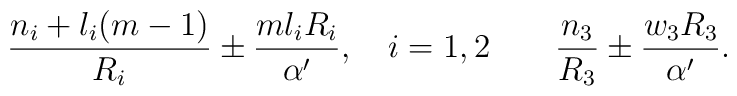
\frac{n_i + l_i (m-1)}{R_i} \pm \frac{m l_i R_i}{\alpha'}, \quad i=1,2\qquad \frac{n_3}{R_3} \pm \frac{w_3 R_3}{\alpha'}.